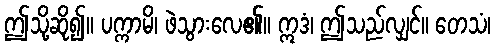
ဤသို့ဆို၍။ ပက္ကာမိ၊ ဖဲသွားလေ၏။ ဣဒံ၊ ဤသည်လျှင်။ တေသံ၊